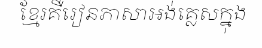
ខ្មែរគឺរៀនភាសាអង់គ្លេសក្នុង